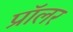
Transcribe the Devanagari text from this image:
प्रॉलर